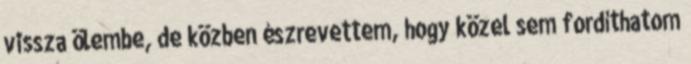
vissza ölembe, de közben észrevettem, hogy közel sem fordíthatom